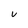
Character: U